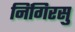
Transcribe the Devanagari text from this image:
निंगिरसु